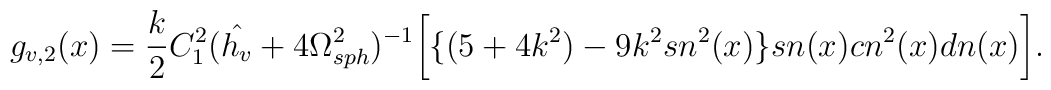
g_{v,2}(x)=\frac{k}{2}C^2_1({\hat {h_v}}+4\Omega^2_{sph})^{-1}\bigg[\{(5+4k^2)-9k^2sn^2(x)\}sn(x) cn^2(x) dn(x)\bigg].